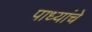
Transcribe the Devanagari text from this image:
पाध्यांचे